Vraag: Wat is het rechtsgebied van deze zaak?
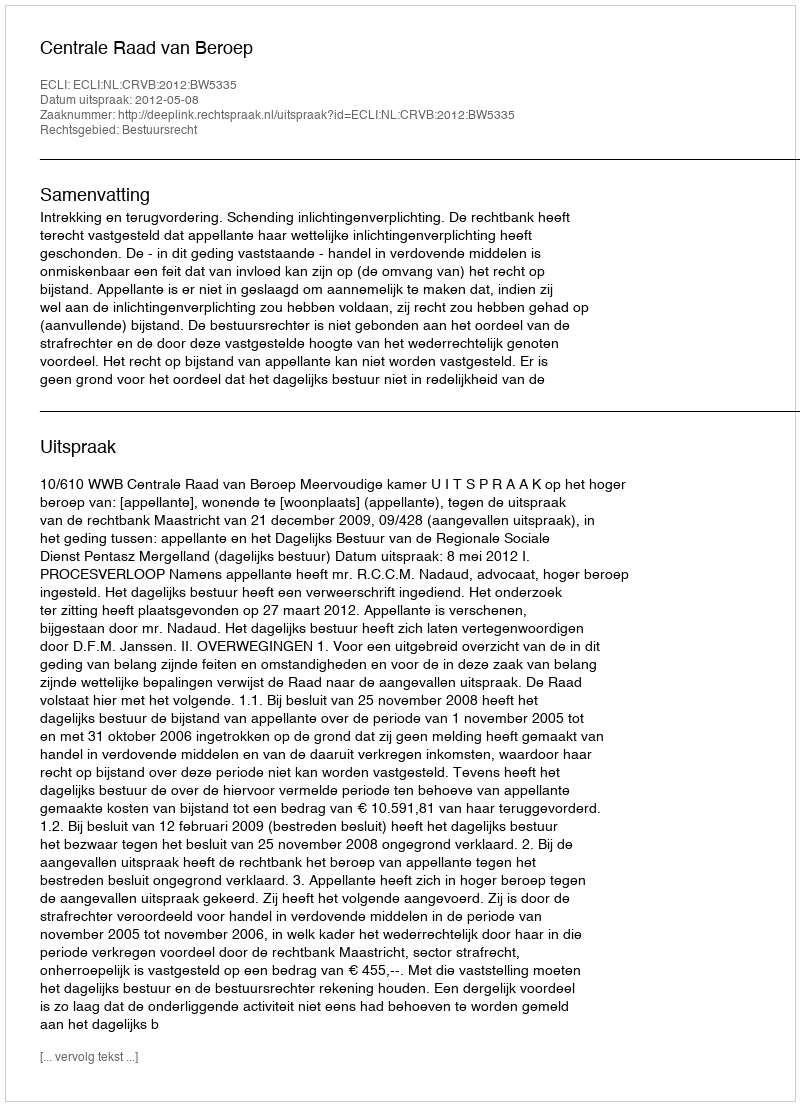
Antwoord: Bestuursrecht